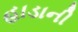
હાડાની